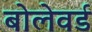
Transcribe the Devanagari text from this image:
बोलेवर्ड